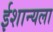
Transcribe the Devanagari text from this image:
ईशान्यला